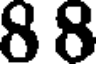
8 8